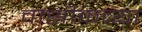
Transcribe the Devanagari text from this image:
वासीकच्या